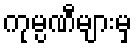
ကုမ္ပဏီများမှ